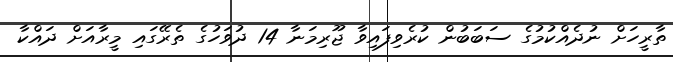
ތާރީހަށް ނުދެއްކުމުގެ ސަބަބުން ކުރެވިފައިވާ ޖޫރިމަނާ 14 ދުވަހުގެ ތެރޭގައި މީރާއަށް ދައްކާ